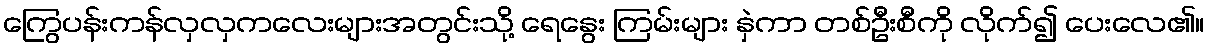
ကြွေပန်းကန်လှလှကလေးများအတွင်းသို့ ရေနွေး ကြမ်းများ နှဲကာ တစ်ဦးစီကို လိုက်၍ ပေးလေ၏။